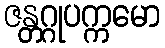
ဇန္တဂ္ဂုပက္ကမော